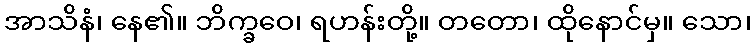
အာသိနံ၊ နေ၏။ ဘိက္ခဝေ၊ ရဟန်းတို့။ တတော၊ ထိုနောင်မှ။ သော၊